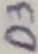
Text: D3